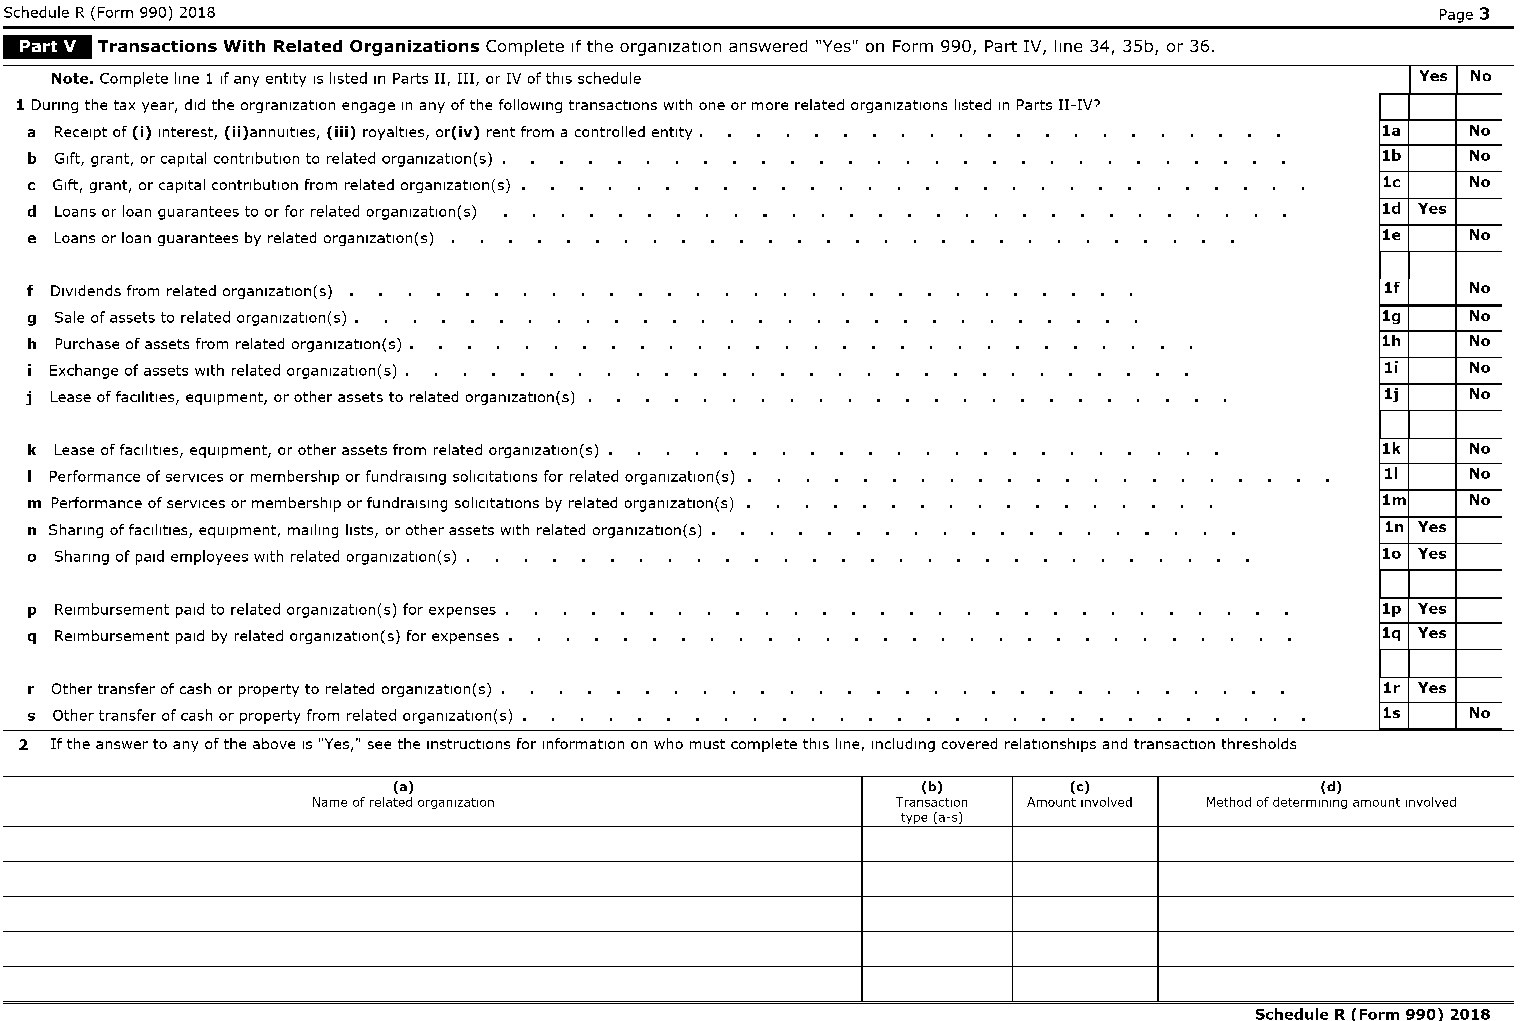
Schedule R (Form 990) 2018                                                                     Page 3
 .M. ...
 Transactions With Related Organizations Complete If the organization answered "Yes" on Form 990 , Part IV , line 34 , 35b , or 36
 Note. Complete line 1 If any entity IS listed In Parts II, III, or IV of thiS schedule     Yes No
 1 DUring the tax year, did the orgranlzatlon engage In any of the following transactions with one or more related organizations listed In Parts II-IV?
 a Receipt of (i) Interest, (ii)annultles, (iii) royalties, or(iv) rent from a controlled entity. la No
 b Gift, grant, or capital contribution to related organlzatlon(s)                        lb    No
 c Gift, grant, or capital contribution from related organlzatlon(s)                      lc    No
 d Loans or loan guarantees to or for related organlzatlon(s)                             ld Yes
 e Loans or loan guarantees by related organlzatlon(s)                                    le    No
 f DIVidends from related organlzatlon(s)                                                  1f   No
 9 Sale of assets to related organlzatlon(s) •                                            19    No
 h Purchase of assets from related organlzatlon(s)                                        lh    No
 i Exchange of assets with related organlzatlon(s) •                                       li   No
 j Lease of faCilities, equipment, or other assets to related organlzatlon(s)              lj   No
 k Lease of faCilities, equipment, or other assets from related organlzatlon(s)           lk    No
 I Performance of services or membership or fund raising soliCitations for related organlzatlon(s) 11 No
 m Performance of services or membership or fundralslng soliCitations by related organlzatlon(s) 1m No
 n Sharing of faCilities, equipment, mailing lists, or other assets With related organlzatlon(s) In Yes
 0 Sharing of paid employees With related organlzatlon(s)                                 10 Yes
 p Reimbursement paid to related organlzatlon(s) for expenses.                            lp Yes
 q Reimbursement paid by related organlzatlon(s) for expenses.                            lq Yes
 r Other transfer of cash or property to related organlzatlon(s)                           lr Yes
 s Other transfer of cash or property from related organlzatlon(s)                        ls    No
 2 If the answer to any of the above IS "Yes," see the instructions for information on who must complete thiS line, including covered relationships and transaction thresholds
 (a)                                (b)       (e)             (d)
 Name of related organization          Transaction Amount Involved Method of determining amount Involved
 type (a-5)
 Schedule R (Form 990) 2018